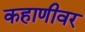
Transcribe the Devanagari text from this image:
कहाणीवर